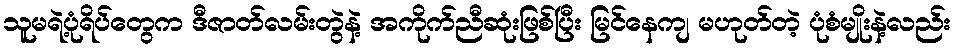
သူမရဲ့ပုံရိပ်တွေက ဒီဇာတ်လမ်းတွဲနဲ့ အကိုက်ညီဆုံးဖြစ်ပြီး မြင်နေကျ မဟုတ်တဲ့ ပုံစံမျိုးနဲ့လည်း